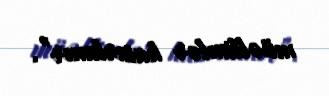
müəllimlər hazırlanır”.